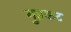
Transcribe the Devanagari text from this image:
गुप्तकट